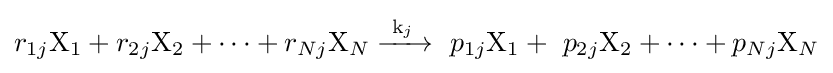
r_{1j}{\ce {X}}_{1}+r_{2j}{\ce {X}}_{2}+\cdots +r_{Nj}{\ce {X}}_{N}{\ce {->[k_{j}]}}\ p_{1j}{\ce {X}}_{1}+\ p_{2j}{\ce {X}}_{2}+\cdots +p_{Nj}{\ce {X}}_{N}